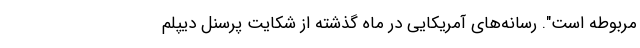
مربوطه است". رسانه‌های آمریکایی در ماه گذشته از شکایت پرسنل دیپلم